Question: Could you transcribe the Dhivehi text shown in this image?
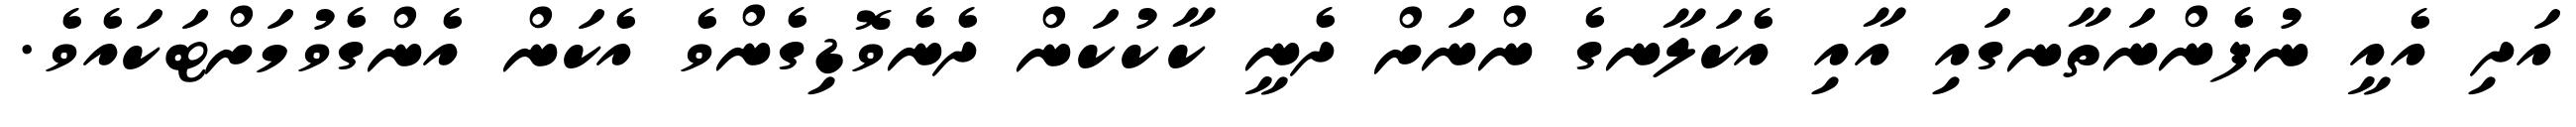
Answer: އަދި އެއީ ނުފެންނަތާނގައި އާއި އެކަލާނގެ ންނަށް ދެނީ ކާކުކަން ދެނެވޮޑިގެންވެ އެކަން އެންގެވުމަށްޓަކައެވެ.